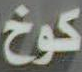
كوخ